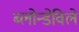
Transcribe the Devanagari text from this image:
ब्लोन्डेविले